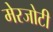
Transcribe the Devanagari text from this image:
मेरजोटी